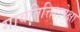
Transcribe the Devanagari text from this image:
गावतित्तिरापेक्षा